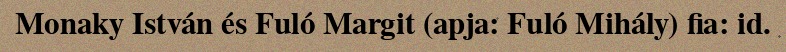
Monaky István és Fuló Margit (apja: Fuló Mihály) fia: id.